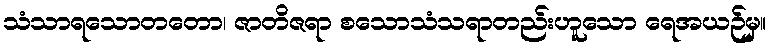
သံသာရသောတတော၊ ဇာတိဇရာ စသောသံသရာတည်းဟူသော ရေအယဉ်မှ။